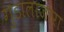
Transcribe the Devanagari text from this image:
गुडालाजारा